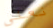
نغني